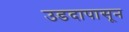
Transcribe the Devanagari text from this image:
उडदापासून